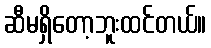
ဆီမရှိတော့ဘူးထင်တယ်။